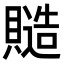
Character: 𧷹